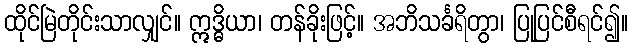
ထိုင်မြဲတိုင်းသာလျှင်။ ဣဒ္ဓိယာ၊ တန်ခိုးဖြင့်။ အဘိသင်္ခရိတွာ၊ ပြုပြင်စီရင်၍။